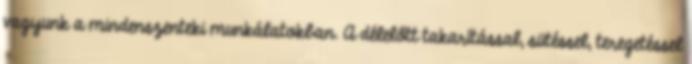
vagyunk a mindenszenteki munkálatokban. A délelőtt takarítással, sütéssel, teregetéssel